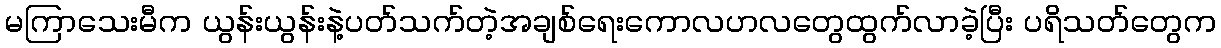
မကြာသေးမီက ယွန်းယွန်းနဲ့ပတ်သက်တဲ့အချစ်ရေးကောလဟလတွေထွက်လာခဲ့ပြီး ပရိသတ်တွေက